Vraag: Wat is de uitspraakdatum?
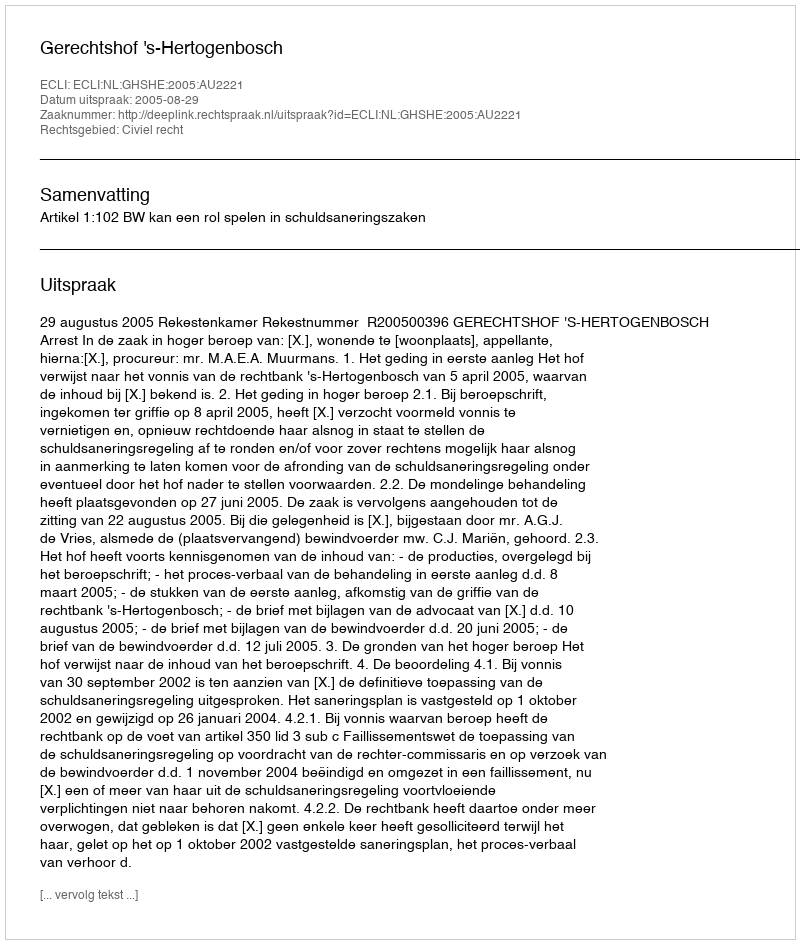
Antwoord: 2005-08-29